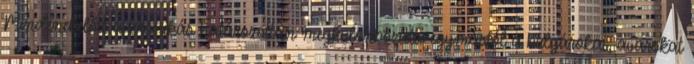
Mindenekelőtt a krónikás határozottan megkülönböztette egymástól a bulgárokat, avarokat